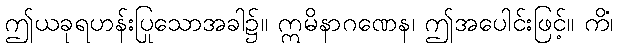
ဤယခုရဟန်းပြုသောအခါ၌။ ဣမိနာဂဏေန၊ ဤအပေါင်းဖြင့်။ ကိံ၊